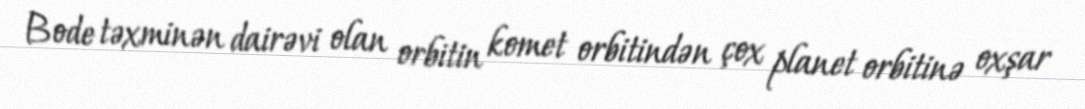
Bode təxminən dairəvi olan orbitin komet orbitindən çox planet orbitinə oxşar